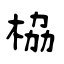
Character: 栛